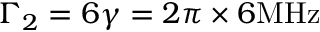
{ \Gamma _ { 2 } } = 6 \gamma = 2 \pi \times 6 \mathrm { { M H z } }